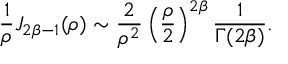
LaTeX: { \frac { 1 } { \rho } } J _ { 2 \beta - 1 } ( \rho ) \sim { \frac { 2 } { \rho ^ { 2 } } } \left( { \frac { \rho } { 2 } } \right) ^ { 2 \beta } { \frac { 1 } { \Gamma ( 2 \beta ) } } .